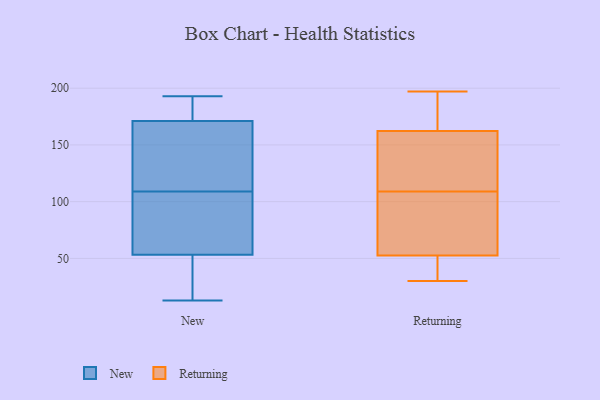
{"axis": {"x": "Shipments", "y": "Value"}, "legend": ["New", "Returning"], "data": [{"x": "", "y": 140, "type": "New"}, {"x": "", "y": 63, "type": "New"}, {"x": "", "y": 78, "type": "New"}, {"x": "", "y": 31, "type": "New"}, {"x": "", "y": 171, "type": "New"}, {"x": "", "y": 50, "type": "New"}, {"x": "", "y": 108, "type": "New"}, {"x": "", "y": 109, "type": "New"}, {"x": "", "y": 185, "type": "New"}, {"x": "", "y": 38, "type": "New"}, {"x": "", "y": 179, "type": "New"}, {"x": "", "y": 13, "type": "New"}, {"x": "", "y": 193, "type": "New"}, {"x": "", "y": 149, "type": "New"}, {"x": "", "y": 171, "type": "New"}, {"x": "", "y": 173, "type": "Returning"}, {"x": "", "y": 197, "type": "Returning"}, {"x": "", "y": 164, "type": "Returning"}, {"x": "", "y": 85, "type": "Returning"}, {"x": "", "y": 157, "type": "Returning"}, {"x": "", "y": 44, "type": "Returning"}, {"x": "", "y": 114, "type": "Returning"}, {"x": "", "y": 48, "type": "Returning"}, {"x": "", "y": 117, "type": "Returning"}, {"x": "", "y": 80, "type": "Returning"}, {"x": "", "y": 109, "type": "Returning"}, {"x": "", "y": 37, "type": "Returning"}, {"x": "", "y": 182, "type": "Returning"}, {"x": "", "y": 141, "type": "Returning"}, {"x": "", "y": 43, "type": "Returning"}, {"x": "", "y": 30, "type": "Returning"}, {"x": "", "y": 191, "type": "Returning"}, {"x": "", "y": 103, "type": "Returning"}, {"x": "", "y": 66, "type": "Returning"}]}